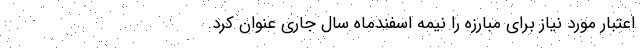
اعتبار مورد نیاز برای مبارزه را نیمه اسفندماه سال جاری عنوان کرد.